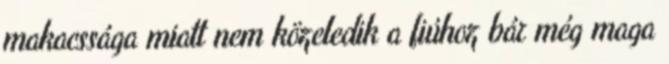
makacssága miatt nem közeledik a fiúhoz bár még maga